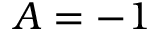
A = - 1